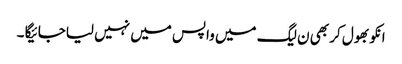
انکو بھول کر بھی ن لیگ میں واپس میں نہیں لیاجائیگا ۔